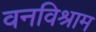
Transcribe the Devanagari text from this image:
वनविश्राम